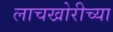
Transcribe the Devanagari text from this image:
लाचखोरीच्या